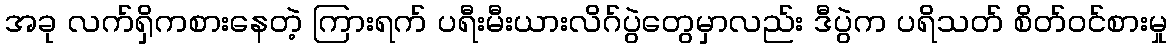
အခု လက်ရှိကစားနေတဲ့ ကြားရက် ပရီးမီးယားလိဂ်ပွဲတွေမှာလည်း ဒီပွဲက ပရိသတ် စိတ်ဝင်စားမှု